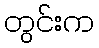
တွင်းက